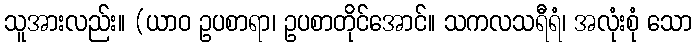
သူအားလည်း။ (ယာဝ ဥပစာရာ၊ ဥပစာတိုင်အောင်။ သကလသရီရံ၊ အလုံးစုံ သော